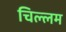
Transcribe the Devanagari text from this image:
चिल्लम